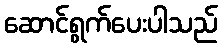
ဆောင်ရွက်ပေးပါသည်